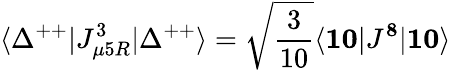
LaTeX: \langle\Delta^{++}|J_{\mu 5R}^{3}|\Delta^{++}\rangle=\sqrt{{\frac{3}{10}}}\langle{\mathbf{10}}|J^{\mathbf 8}|{\mathbf{10}}\rangle